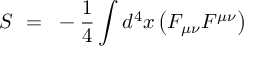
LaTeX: S ~ = ~ - { \frac { 1 } { 4 } } \int d ^ { 4 } x \left( F _ { \mu \nu } F ^ { \mu \nu } \right)